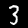
Label: 3